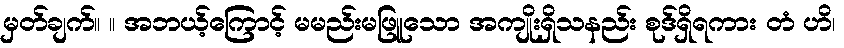
မှတ်ချက်။ ။ အဘယ့်ကြောင့် မမည်းမဖြူသော အကျိုးရှိသနည်း စုဒ်ရှိရကား တံ ဟိ၊